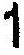
1